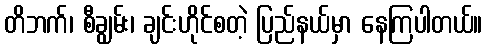
တိဘက်၊ စီချွမ်း၊ ချင်းဟိုင်စတဲ့ ပြည်နယ်မှာ နေကြပါတယ်။